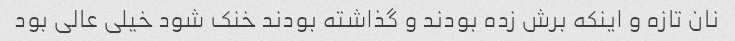
نان تازه و اینکه برش زده بودند و گذاشته بودند خنک شود خیلی عالی بود